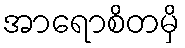
အာရောစိတမှိ